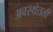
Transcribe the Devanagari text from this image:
अवस्थेतली